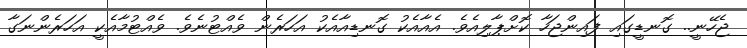
ޖެހޭނީ.. ގޮނޑީގައި ފައިންޖަހާ ކޮށްޕާލިއެވެ. އެއާއެކު ގޮނޑިއާއެކު އަހަރެން ވެއްޓުނެވެ. ވެއްޓުމާއެކީ އަހަރެންނަގާ